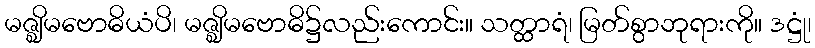
မဇ္ဈိမဗောဓိယံပိ၊ မဇ္ဈိမဗောဓိ၌လည်းကောင်း။ သတ္ထာရံ၊ မြတ်စွာဘုရားကို။ ဒဋ္ဌုံ၊